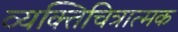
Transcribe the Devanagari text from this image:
व्यक्तिचित्रात्मक